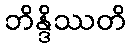
ဘိန္ဒိဿတိ